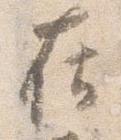
在